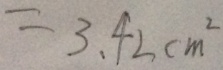
= 3 . 4 2 c m ^ { 2 }